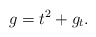
\begin{align*} g = t^2 + g_t.\end{align*}